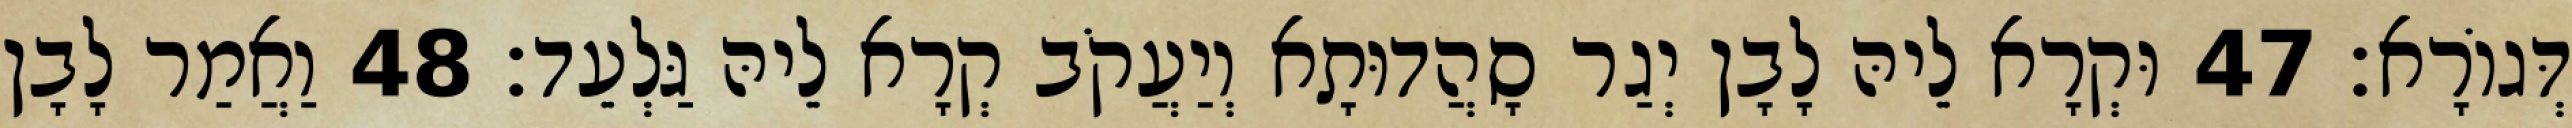
דְּגוֹרָא׃ 47 וּקְרָא לֵיהּ לָבָן יְגַר סָהֲדוּתָא וְיַעֲקֹב קְרָא לֵיהּ גַּלְעֵד׃ 48 וַאֲמַר לָבָן